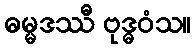
ဓမ္မဒဿီ ဗုဒ္ဓဝံသ။